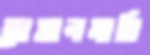
বোয়ালমারি